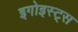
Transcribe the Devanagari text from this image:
इगोइस्ट्स